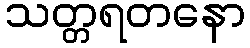
သတ္တရတနော